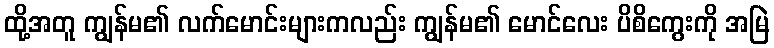
ထို့အတူ ကျွန်မ၏ လက်မောင်းများကလည်း ကျွန်မ၏ မောင်လေး ပိစိကွေးကို အမြဲ